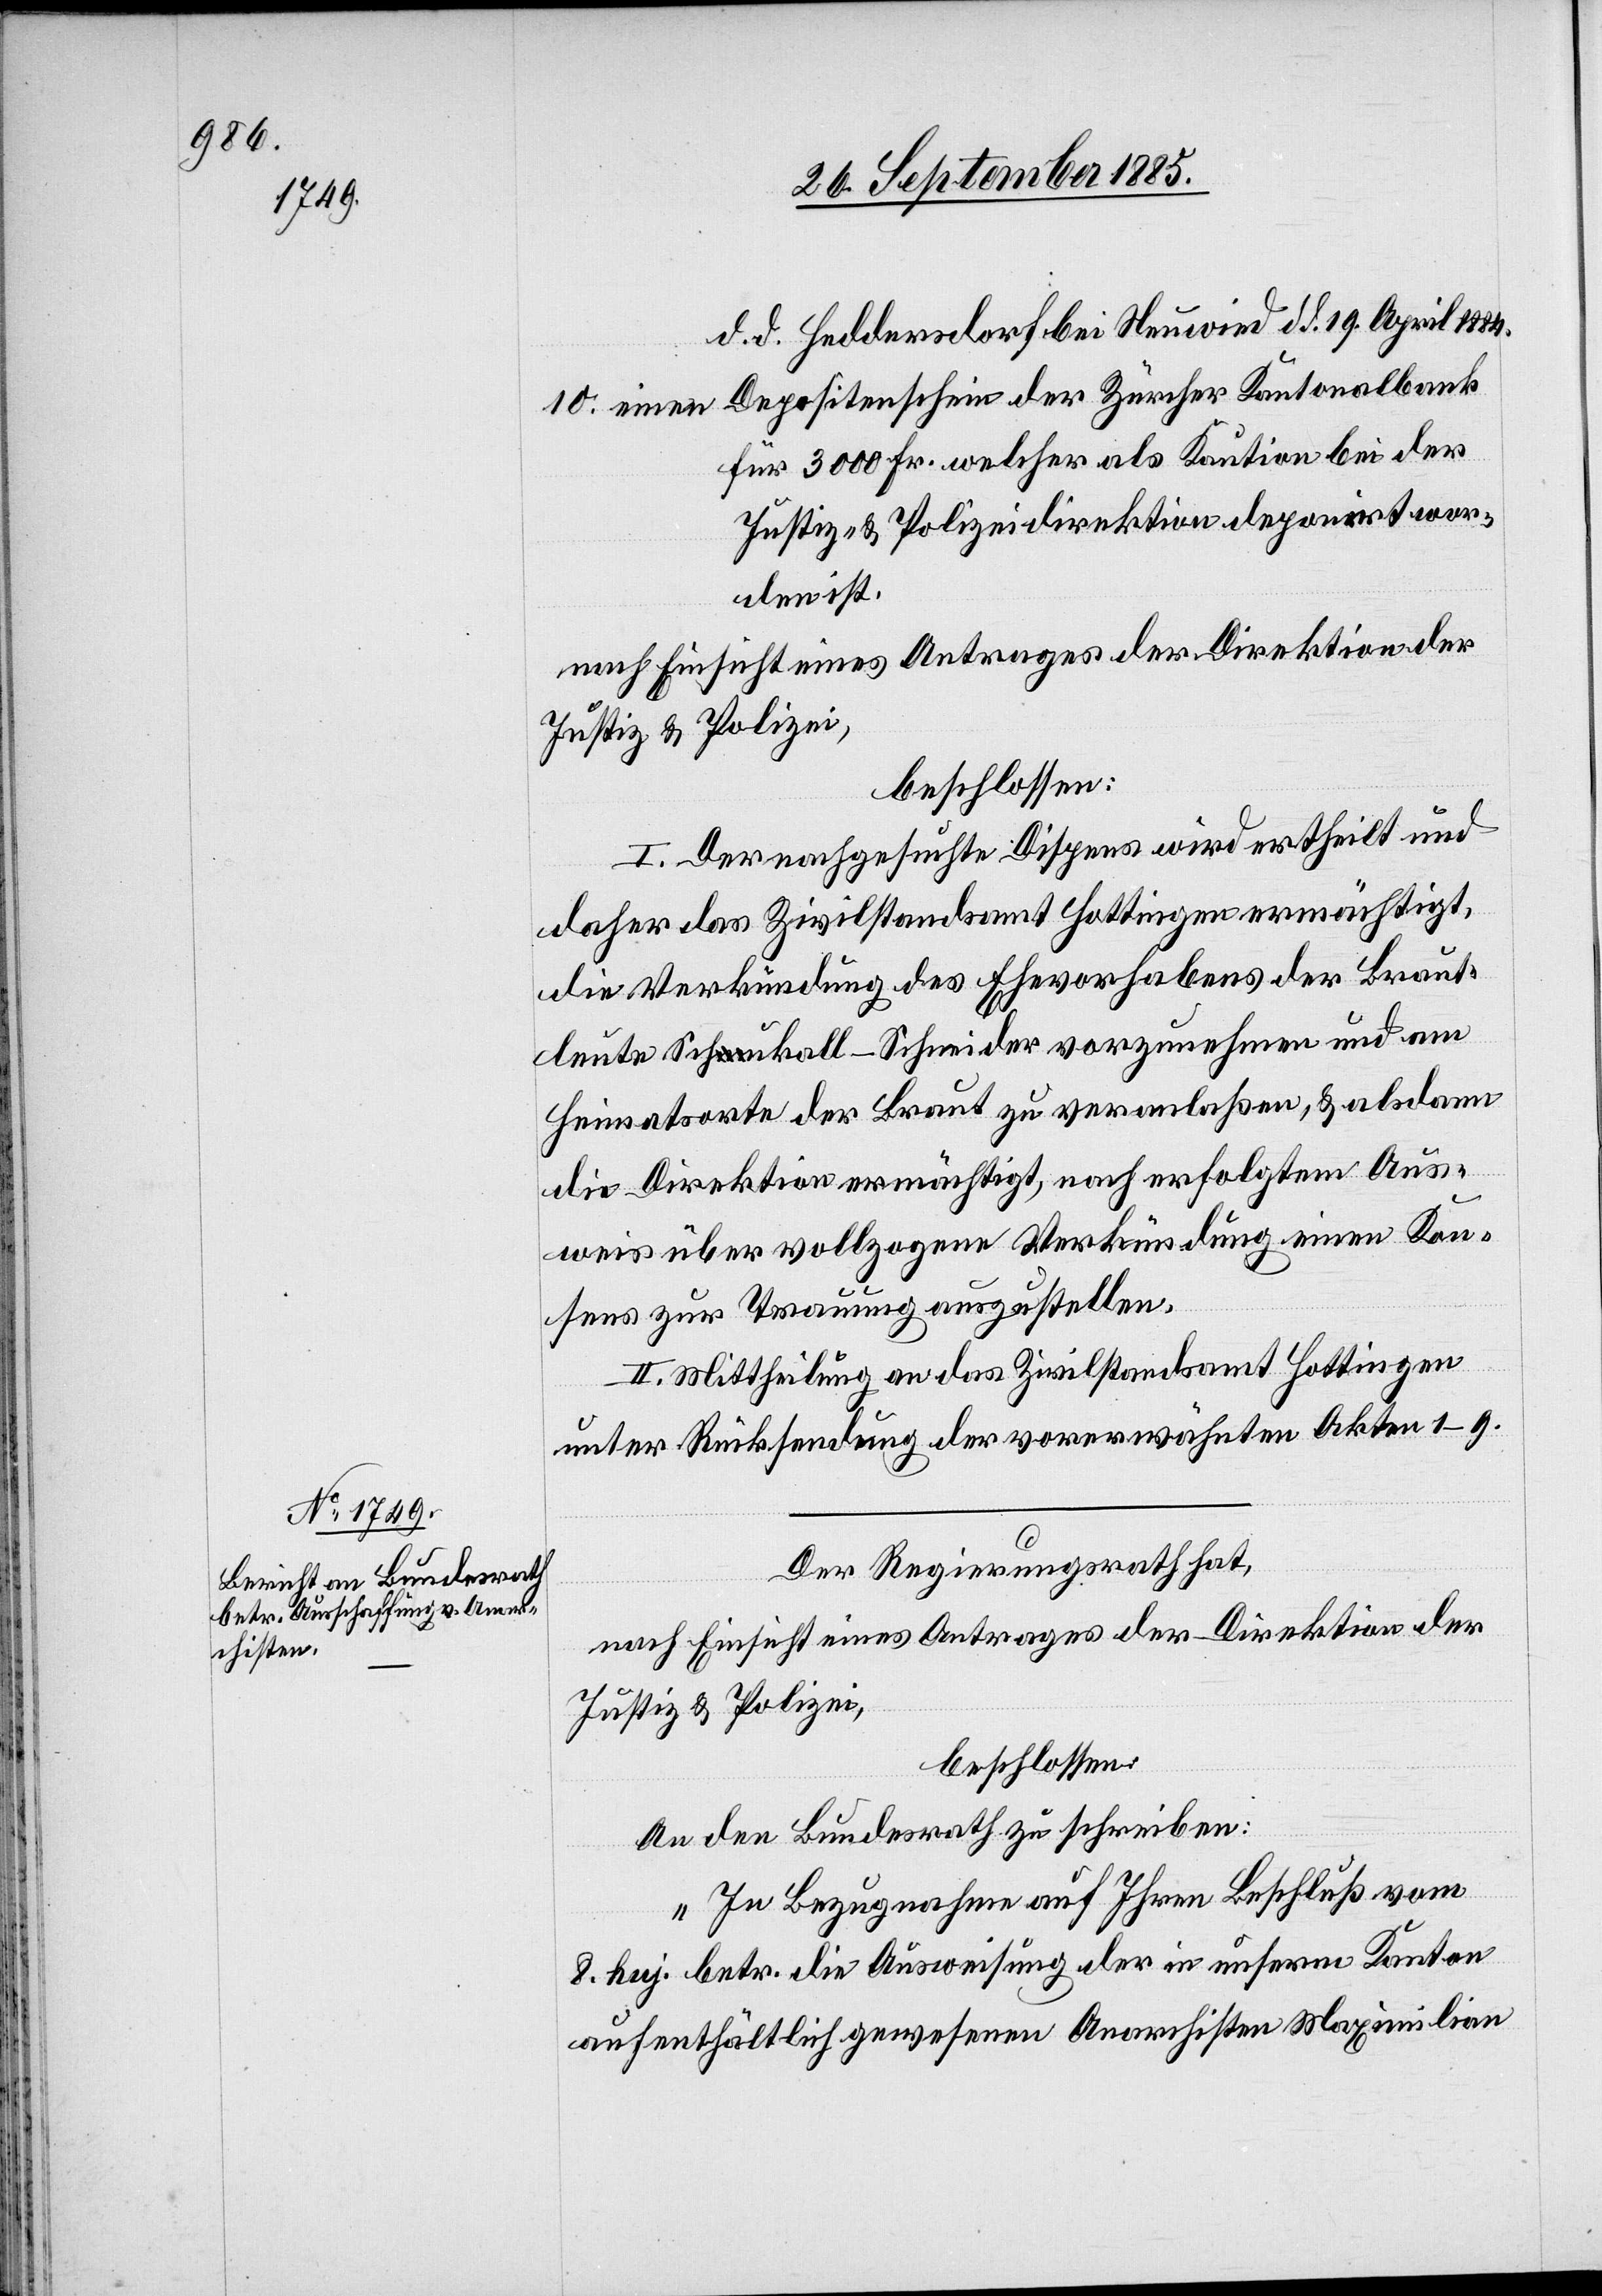
d. d. Heddersdorf bei Neuwied d. d. 19. April 1884.
für 3000 Fr. welcher als Kaution bei der
Justiz- & Polizeidirektion deponirt wor¬
den ist.
nach Einsicht eines Antrages der Direktion der
Justiz & Polizei,
beschlossen:
I. Der nachgesuchte Dispens wird ertheilt und
daher das Zivilstandsamt Hottingen ermächtigt,
die Verkündung des Ehevorhabens der Braut¬
leute Schukall-Schneider vorzunehmen und am
Heimatorte der Braut zu veranlaßen, & alsdann
die Direktion ermächtigt, nach erfolgtem Aus¬
weis über vollzogene Verkündung einen Kon¬
sens zur Trauung auszustellen.
der
II. Mittheilung an das Zivilstandsamt Hottingen
unter Rücksendung der vorerwähnten Akten 1–9.
Der Regierungsrath hat,
nach Einsicht eines Antrages der Direktion der
Justiz & Polizei,
beschlossen:
An den Bundesrath zu schreiben:
„In Bezugnahme auf Ihren Beschluß vom
8. huj. betr. die Ausweisung der in unserm Kanton
aufenthältlich gewesenen Anarchisten Maximilian